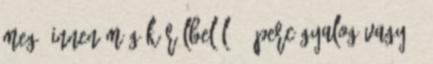
meg, innen még körülbelül 10 perc gyalog vagy 5